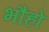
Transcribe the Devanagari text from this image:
भौंहो